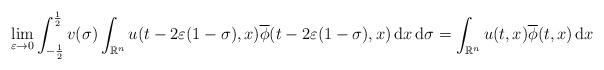
LaTeX: \begin{align*}\lim_{\varepsilon \to 0} \int_{-\frac{1}{2}}^{\frac{1}{2}} v(\sigma) \int_{{\mathbb{R}}^n} u(t-2\varepsilon(1-\sigma),x) \overline{\phi}(t-2\varepsilon(1-\sigma),x)\,{\rm d}x\,{\rm d}\sigma=\int_{{\mathbb{R}}^n} u(t,x)\overline{\phi}(t,x)\,{\rm d}x\end{align*}